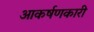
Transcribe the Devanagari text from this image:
आकर्षणकारी